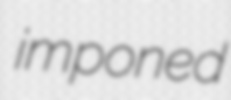
imponed